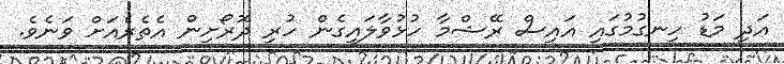
އަދި މަޑު ހިނގުމުގައި އައިސް ރޭޝްމާ ހުޅުވާލައިގެން ހުރި ދޮރޯށިން އެތެރެއަށް ވަނެވެ.